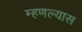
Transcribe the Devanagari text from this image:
म्हणल्यास